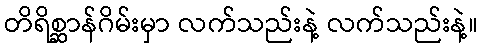
တိရိစ္ဆာန်ဂိမ်းမှာ လက်သည်းနဲ့ လက်သည်းနဲ့။